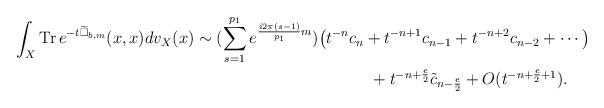
LaTeX: \begin{align*} \int_X\mathrm{Tr}\,e^{-t\widetilde\Box_{b,m}}(x,x)dv_X(x)\sim (\sum\limits^{p_1}_{s=1}e^{\frac{i2\pi(s-1)}{p_1}m})\big(t^{-n}c_{n}&+t^{-n+1}c_{n-1}+t^{-n+2}c_{n-2}+\cdots\big)\\&\,\, +t^{-n+\frac{e}{2}}\tilde c_{n-\frac{e}{2}}+O(t^{-n+\frac{e}{2}+1}). \end{align*}